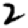
Digit: 2